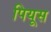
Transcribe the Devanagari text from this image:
पियूस